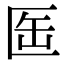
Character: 𠤸